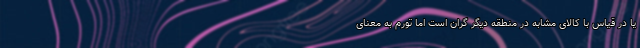
یا در قیاس با کالای مشابه در منطقه دیگر گران است اما تورم به معنای